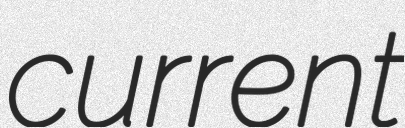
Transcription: current